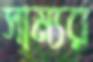
সাম্যর